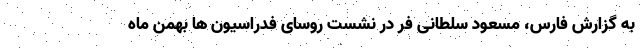
به گزارش فارس، مسعود سلطانی فر در نشست روسای فدراسیون ها بهمن ماه